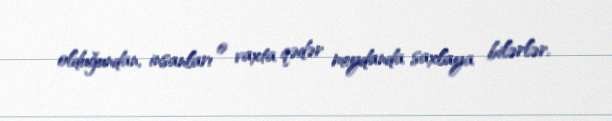
olduğundan, insanları o vaxta qədər meydanda saxlaya bilərlər.